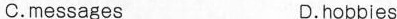
C.messages D.hobbies